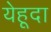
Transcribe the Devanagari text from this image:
येहूदा